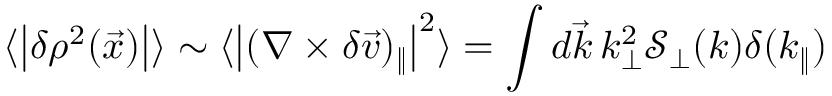
\langle \big | \delta \rho ^ { 2 } ( \vec { x } ) \big | \rangle \sim \langle \big | ( \nabla \times \delta \vec { v } ) _ { \| } \big | ^ { 2 } \rangle = \int d \vec { k } \, k _ { \perp } ^ { 2 } \mathcal { S } _ { \perp } ( k ) \delta ( k _ { \| } )